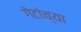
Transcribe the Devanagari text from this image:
गेटांच्या